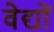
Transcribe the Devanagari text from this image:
वेद्यों